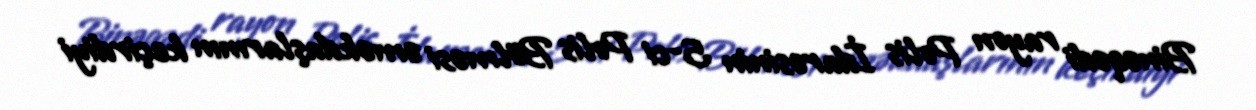
Binəqədi rayon Polis İdarəsinin 5-ci Polis Bölməsi əməkdaşlarının keçirdiyi